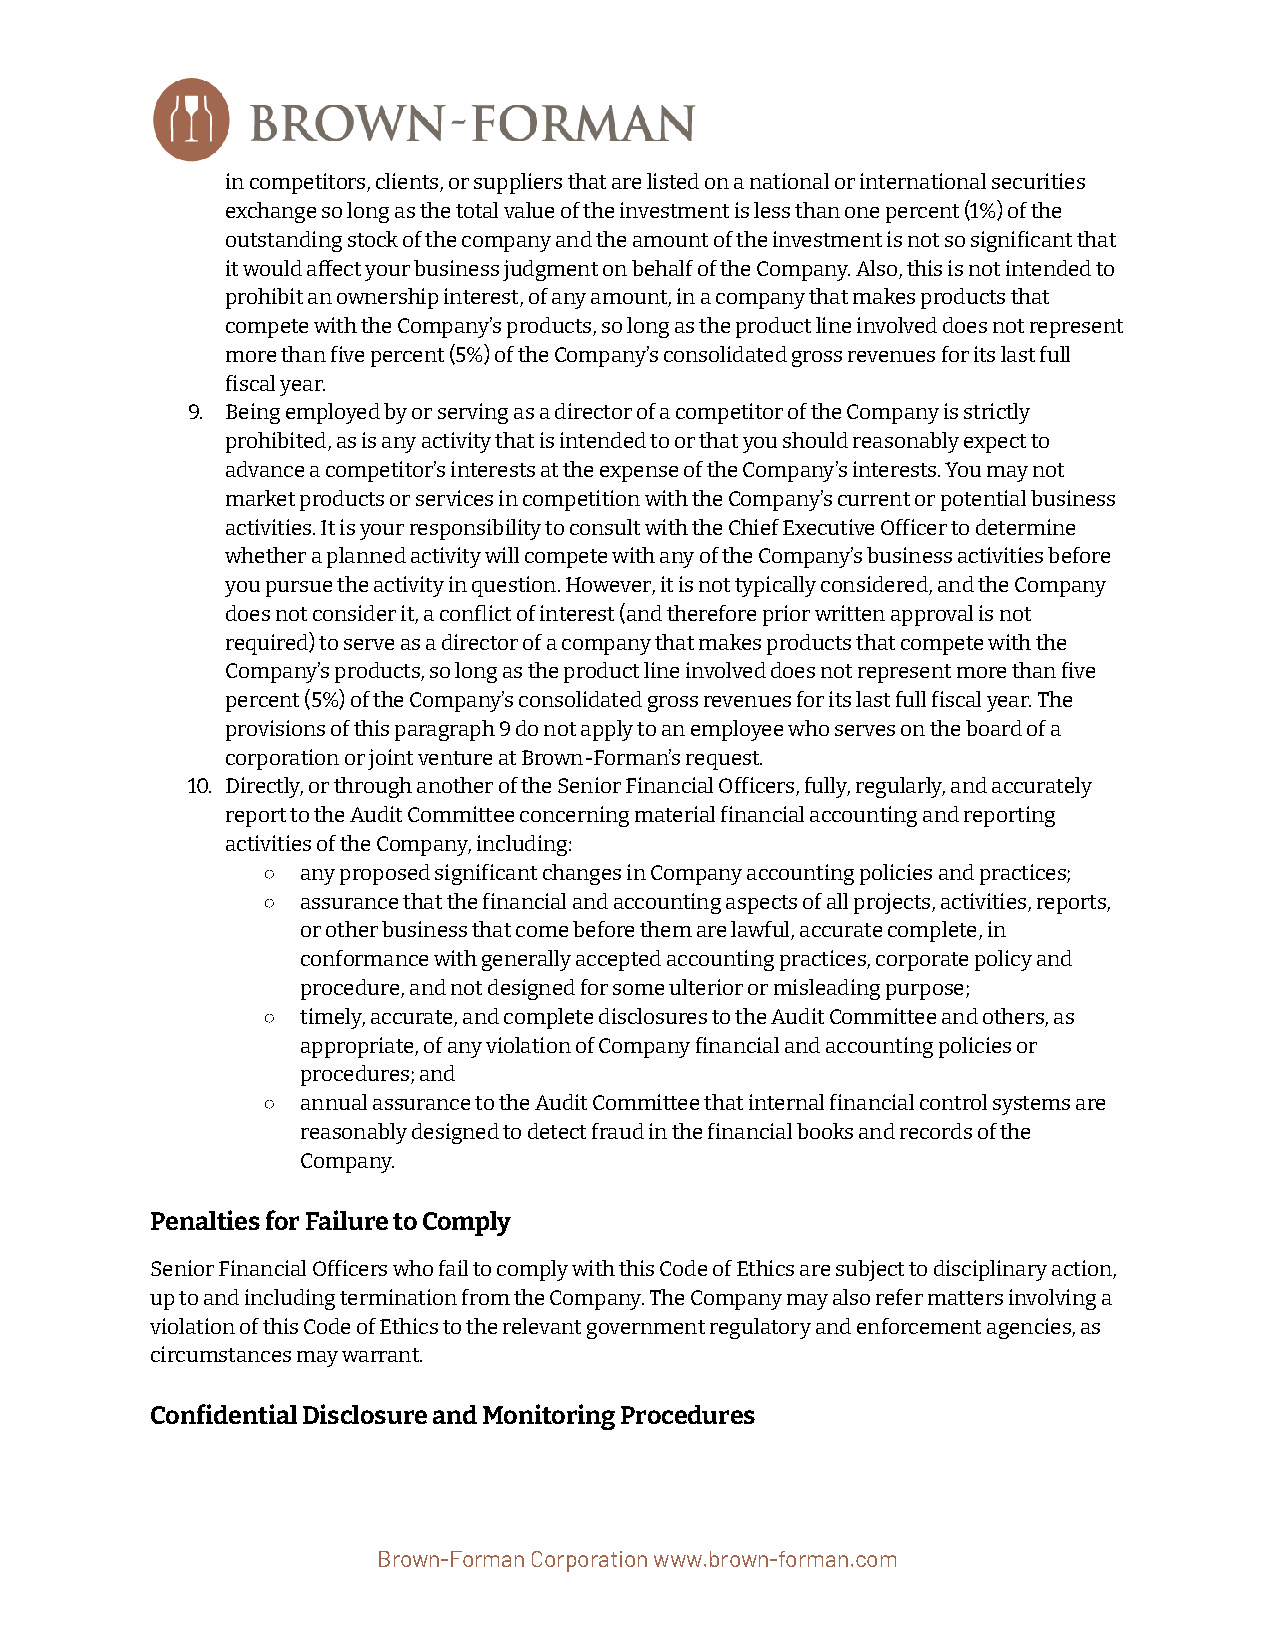
in competitors, clients, or suppliers that are listed on a national or international securities
 exchange so long as the total value of the investmentis less than one percent (1%) of the
 outstanding stock of the company and the amount ofthe investment is not so signiicant that
 it would aect your business judgment on behalf ofthe Company. Also, this is not intended to
 prohibit an ownership interest, of any amount, ina company that makes products that
 compete with the Company’s products, so long as theproduct line involved does not represent
 more than ive percent (5%) of the Company’s consolidatedgross revenues for its last full
 iscal year.
 9. Being employed by or serving as a director of a competitorof the Company is strictly
 prohibited, as is any activity that is intended toor that you should reasonably expect to
 advance a competitor’s interests at the expense ofthe Company’s interests. You may not
 market products or services in competition with theCompany’s current or potential business
 activities. It is your responsibility to consult withthe Chief Executive Oficer to determine
 whether a planned activity will compete with any ofthe Company’s business activities before
 you pursue the activity in question. However, it isnot typically considered, and the Company
 does not consider it, a conflict of interest (andtherefore prior written approval is not
 required) to serve as a director of a company thatmakes products that compete with the
 Company’s products, so long as the product line involveddoes not represent more than ive
 percent (5%) of the Company’s consolidated gross revenuesfor its last full iscal year. The
 provisions of this paragraph 9 do not apply to anemployee who serves on the board of a
 corporation or joint venture at Brown-Forman’s request.
 10. Directly, or through another of the Senior FinancialOficers, fully, regularly, and accurately
 report to the Audit Committee concerning materialinancial accounting and reporting
 activities of the Company, including:
 ○  any proposed signiicant changes in Company accountingpolicies and practices;
 ○  assurance that the inancial and accounting aspectsof all projects, activities, reports,
 or other business that come before them are lawful,accurate complete, in
 conformance with generally accepted accounting practices,corporate policy and
 procedure, and not designed for some ulterior or misleadingpurpose;
 ○  timely, accurate, and complete disclosures to theAudit Committee and others, as
 appropriate, of any violation of Company inancialand accounting policies or
 procedures; and
 ○  annual assurance to the Audit Committee that internalinancial control systems are
 reasonably designed to detect fraud in the inancialbooks and records of the
 Company.
 Penalties for Failure to Comply
 Senior Financial Oficers who fail to comply withthis Code of Ethics are subject to disciplinary action,
 up to and including termination from the Company.The Company may also refer matters involving a
 violation of this Code of Ethics to the relevant governmentregulatory and enforcement agencies, as
 circumstances may warrant.
 Conidential Disclosure and Monitoring Procedures
 Brown-Forman Corporation www.brown-forman.com